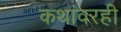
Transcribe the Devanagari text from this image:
कथांवरही